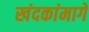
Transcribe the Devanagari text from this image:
खंदकांमागे